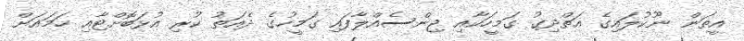
އީތަން ނޫކުލައިގެ އަތްދިގު ގަމީހަކާއި ޖިންސެއްލާފައި ގަމީހުގެ ދެއަތު ކުރި އުޅަބޮށްޓާއި ހަމައަށް